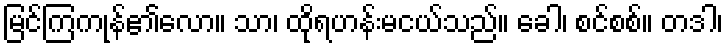
မြင်ကြကုန်၏လော။ သာ၊ ထိုရဟန်းမငယ်သည်။ ခေါ၊ စင်စစ်။ တဒါ၊